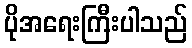
ပိုအရေးကြီးပါသည်